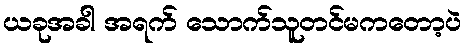
ယခုအခါ အရက် သောက်သူတင်မကတော့ပဲ